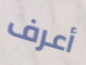
أعرف